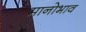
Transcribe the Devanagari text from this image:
मानोभाव